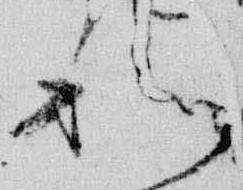
和